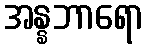
အန္နဘာရော